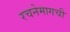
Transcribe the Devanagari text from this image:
रचनेमागची